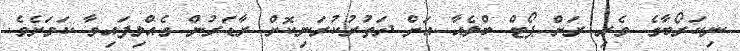
ނިކަރޯބާގެ ވެރި ރަށް ޕޯޓް ބްލެއާ އަށް ދަތުރުކުރަނިކޮށް ރާޑަރުން ގެއްލިފައިވާ ކަމަށެވެ.